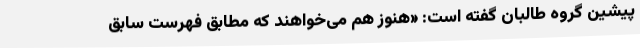
پیشین گروه طالبان گفته است: «هنوز هم می‌خواهند که مطابق فهرست سابق